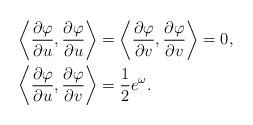
LaTeX: \begin{align*}\begin{aligned}\left\langle\frac{\partial\varphi}{\partial u},\frac{\partial\varphi}{\partial u}\right\rangle&=\left\langle\frac{\partial \varphi}{\partial v},\frac{\partial\varphi}{\partial v}\right\rangle=0,\\\left\langle\frac{\partial\varphi}{\partial u},\frac{\partial\varphi}{\partial v}\right\rangle&=\frac{1}{2}e^\omega.\end{aligned}\end{align*}